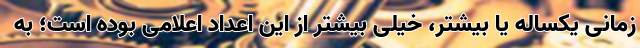
زمانی یکساله یا بیشتر، خیلی بیشتر از این اعداد اعلامی بوده است؛ به